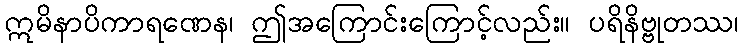
ဣမိနာပိကာရဏေန၊ ဤအကြောင်းကြောင့်လည်း။ ပရိနိဗ္ဗုတဿ၊